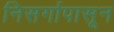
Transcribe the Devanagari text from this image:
निसर्गापासून